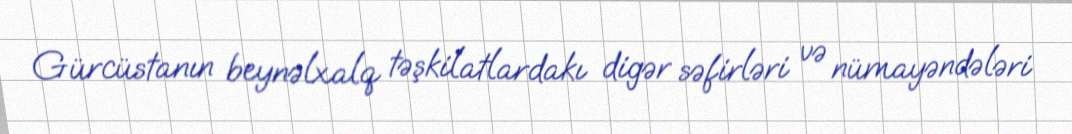
Gürcüstanın beynəlxalq təşkilatlardakı digər səfirləri və nümayəndələri